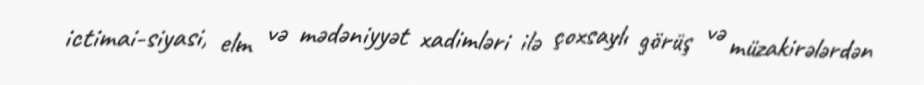
ictimai-siyasi, elm və mədəniyyət xadimləri ilə çoxsaylı görüş və müzakirələrdən